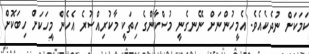
ކަމަކަށް ނުދެކެއެވެ. އެމީހުންނަށް ނޭނގެނީ މުސްކާންގެ ހިތަކީ މާކުރިއްސުރެ އެހެން މީހަކަށް ހިބަކޮށް